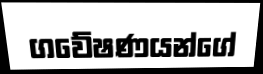
ගවේෂණයන්ගේ